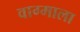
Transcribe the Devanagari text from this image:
वाग्माला